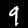
Digit: 9